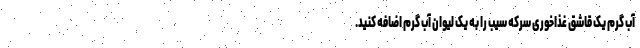
آب گرم یک قاشق غذاخوری سرکه سیب را به یک لیوان آب گرم اضافه کنید.